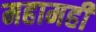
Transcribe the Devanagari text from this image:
महामहीं